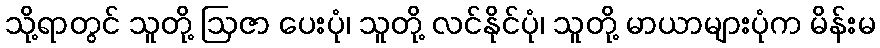
သို့ရာတွင် သူတို့ ဩဇာ ပေးပုံ၊ သူတို့ လင်နိုင်ပုံ၊ သူတို့ မာယာများပုံက မိန်းမ